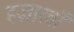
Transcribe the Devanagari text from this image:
हज़ारवाँ